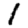
Digit: 1